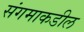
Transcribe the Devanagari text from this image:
संगमाकडील